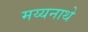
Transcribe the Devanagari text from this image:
मय्यनाथे